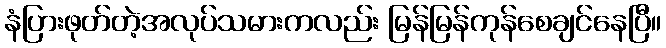
နံပြားဖုတ်တဲ့အလုပ်သမားကလည်း မြန်မြန်ကုန်စေချင်နေပြီ။